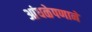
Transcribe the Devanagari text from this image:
आंधळेपणाने